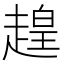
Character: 䞹